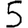
Digit: 5